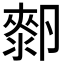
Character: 𰆓